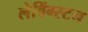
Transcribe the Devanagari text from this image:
लेविंग्स्टन